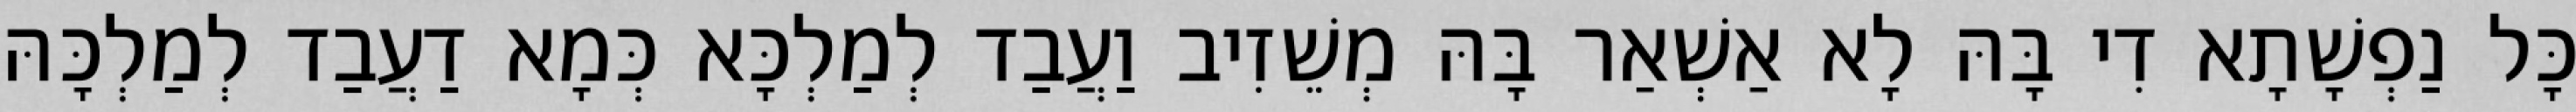
כָּל נַפְשָׁתָא דִי בָּהּ לָא אַשְׁאַר בָּהּ מְשֵׁזִיב וַעֲבַד לְמַלְכָּא כְּמָא דַעֲבַד לְמַלְכָּהּ